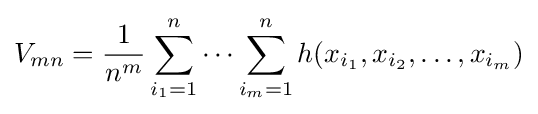
V_{mn}={\frac {1}{n^{m}}}\sum _{i_{1}=1}^{n}\cdots \sum _{i_{m}=1}^{n}h(x_{i_{1}},x_{i_{2}},\dots ,x_{i_{m}})